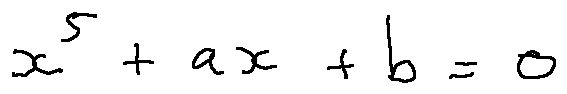
x ^ { 5 } + a x + b = 0